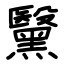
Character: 黳